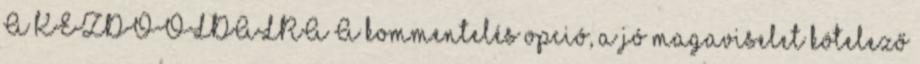
A KEZDŐOLDALRA A kommentelés opció, a jó magaviselet kötelező